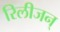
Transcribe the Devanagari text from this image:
रिलीजन्